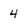
Character: 4